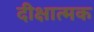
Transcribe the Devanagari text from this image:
दीक्षात्मक